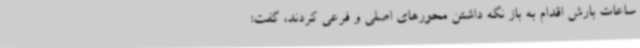
ساعات بارش اقدام به باز نگه داشتن محورهای اصلی و فرعی کردند، گفت: